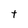
Character: t